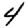
Digit: 4